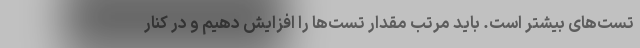
تست‌‌های بیشتر است. باید مرتب مقدار تست‌‌ها را افزایش دهیم و در کنار